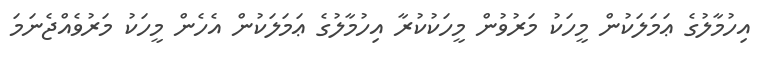
އިހުމާލުގެ ޢަމަލަކުން މީހަކު މަރުވުން މީހަކުކުރާ އިހުމާލުގެ ޢަމަލަކުން އެހެން މީހަކު މަރުވެއްޖެނަމަ